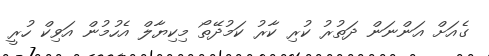
ގެއަށް އަންނަން ދަތުރު ކުރި ކާރު ކަމުދޭތޯ މިކިޔާލް އެހުމުން އަވިކް ހުރީ